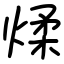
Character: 煣